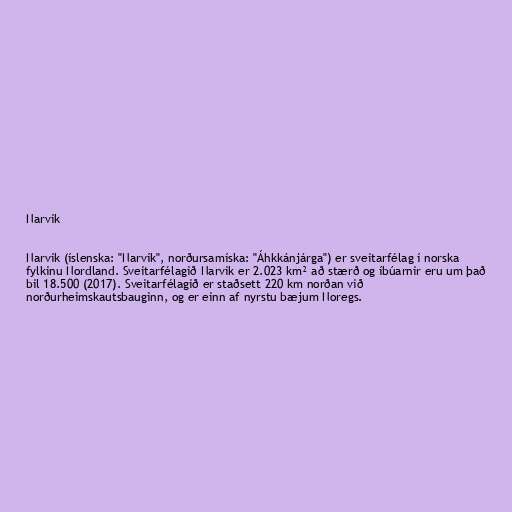
Narvik

Narvik (íslenska: "Narvík", norðursamíska: "Áhkkánjárga") er sveitarfélag í norska
fylkinu Nordland. Sveitarfélagið Narvik er 2.023 km² að stærð og íbúarnir eru um það
bil 18.500 (2017). Sveitarfélagið er staðsett 220 km norðan við
norðurheimskautsbauginn, og er einn af nyrstu bæjum Noregs.